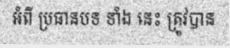
អំពី ប្រធានបទ ទាំង នេះ ត្រូវបាន